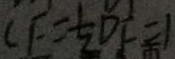
C F = \frac { 1 } { 2 } D F = 1